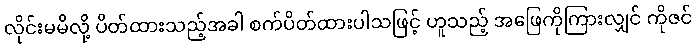
လိုင်းမမိလို့ ပိတ်ထားသည့်အခါ စက်ပိတ်ထားပါသဖြင့် ဟူသည့် အဖြေကိုကြားလျှင် ကိုဇင်